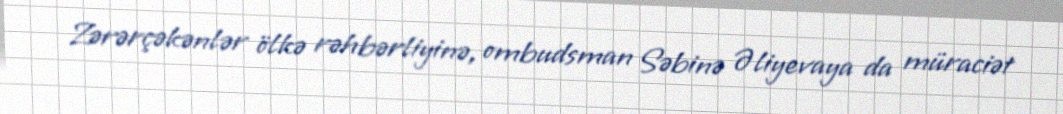
Zərərçəkənlər ölkə rəhbərliyinə, ombudsman Səbinə Əliyevaya da müraciət